Civil Veterinary Department Bihar & Orissa reports 1929-36 - 1929-1936
Year: 1929
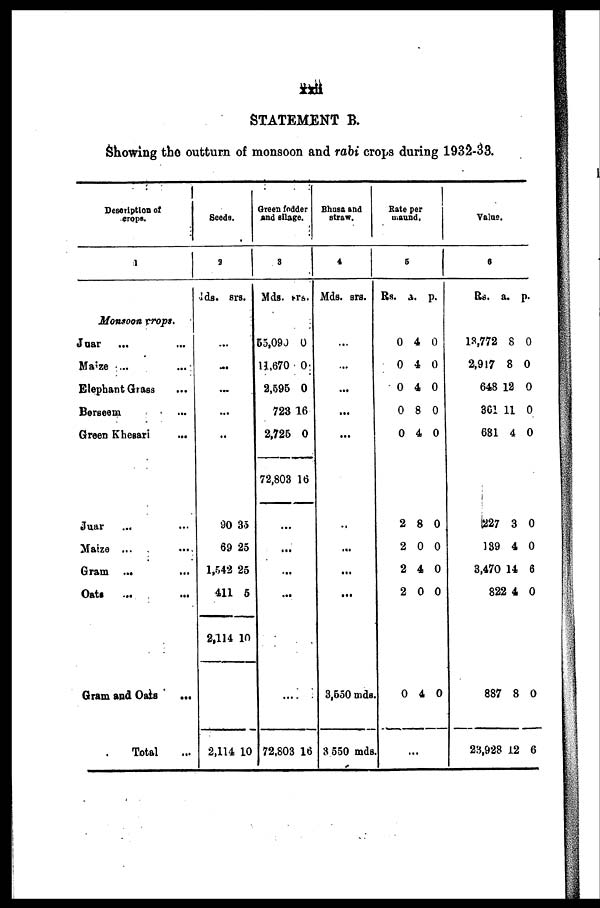
xxii
STATEMENT B.
Showing the outturn of monsoon and rabi crops during 1932-33.
Description of
crops.
1
Monsoon crops.
Juar ... ...
Maize ... ...
Elephant Grass ...
Berseem ...
Green Khesari
...
Juar ... ...
Maize ... ...
Gram
...
...
Oats ... ...
Gram and Oats ...
Total ...
Seeds.
2
Mds. srs.
...
...
...
...
...
90 35
69 25
1,542 25
411 5
2,114 10
...
2,114 10
Green fodder
and silage.
3
Mds. srs.
55,090 0
11,670 0
2,595 0
728 16
2,725 0
72,803 16
...
...
...
...
...
72,803 16
Bhusa and
straw.
4
Mds. srs.
...
...
...
...
...
...
...
...
...
3,550 mds.
3,550 mds
Rate per
u.aund.
5
Rs.
0
0
0
0
0
2
2
2
2
0
.
a.
4
4
4
8
4
8
0
4
0
4
.
p.
0
0
0
0
0
0
0
0
0
0
.
Value.
0
Rs.
13,772
2,917
648
361
681
227
139
3,470
822
887
23,928
a.
8
8
12
11
4
3
4
14
4
8
12
p.
0
0
0
0
0
0
0
6
0
0
6